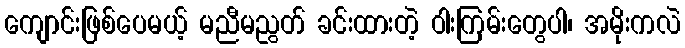
ကျောင်းဖြစ်ပေမယ့် မညီမညွတ် ခင်းထားတဲ့ ဝါးကြမ်းတွေပါ၊ အမိုးကလဲ